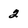
Character: 2